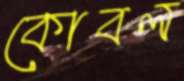
কোবল